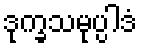
ဒုက္ခသမုပ္ပါဒံ